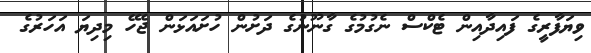
ވިޔަފާރީގެ ފައިދާއިން ޓެކްސް ނެގުމުގެ ގާނޫނުގެ ދަށުން ހުށައަޅަން ޖެހޭ މިދިޔަ އަހަރުގެ